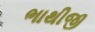
ભાથીજી